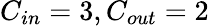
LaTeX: C_{in}=3,C_{out}=2